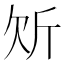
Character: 𭤠